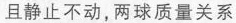
且静止不动，两球质量关系